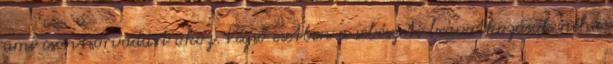
ami csontsorvadást okoz. Végső esetben a sebészeti beavatkozások néha